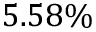
5 . 5 8 \%